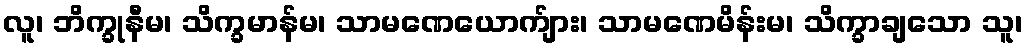
လူ၊ ဘိက္ခုနီမ၊ သိက္ခမာန်မ၊ သာမဏေယောက်ျား၊ သာမဏေမိန်းမ၊ သိက္ခာချသော သူ၊